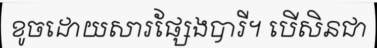
ខូចដោយសារផ្សែងបារី។ បើសិនជា